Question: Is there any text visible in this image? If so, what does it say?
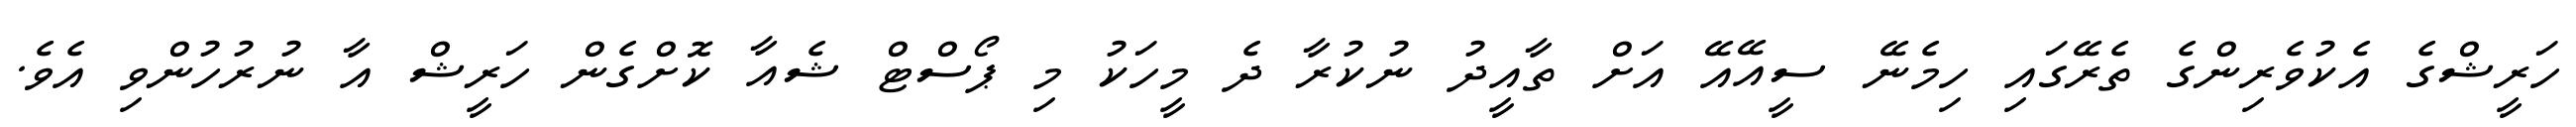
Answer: ހަރީޝްގެ އެކުވެރިންގެ ތެރޭގައި ހިމެނޭ ސީއޭއޭ އަށް ތާއީދު ނުކުރާ ދެ މީހަކު މި ޕޯސްޓް ޝެއާ ކޮށްގެން ހަރީޝް އާ ނުރުހުންވި އެވެ.